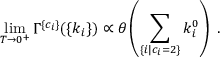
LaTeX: \operatorname * { l i m } _ { T \to 0 ^ { + } } \Gamma ^ { \{ c _ { i } \} } ( \{ k _ { i } \} ) \propto \theta \left( \sum _ { \{ i | c _ { i } = 2 \} } k _ { i } ^ { 0 } \right) \; .